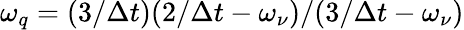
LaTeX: \omega_{q}=(3/\Delta t)(2/\Delta t-\omega_{\nu})/(3/\Delta t-\omega_{\nu})